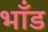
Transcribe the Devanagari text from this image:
भाँड